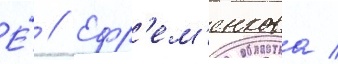
Е́ // Ефр'ем'енкова /